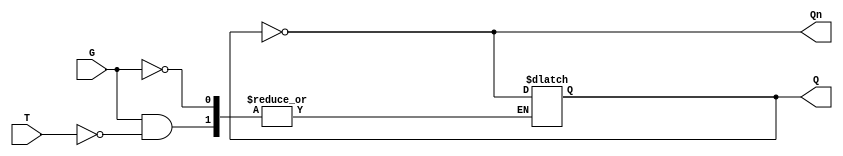
module Gated_T_Latch (
    input wire T,     // Toggle input
    input wire G,     // Gate signal
    output reg Q,     // Output
    output wire Qn    // Complement of Q
);

    // Complement of Q
    assign Qn = ~Q;

    // Sequential behavior
    always @(G, T) begin
        if (G == 1) begin
            if (T == 1) begin
                Q <= ~Q; // Toggle the output
            end
            // If T == 0, Q remains unchanged due to non-blocking assignment
        end
        // If G == 0, Q remains unchanged due to non-blocking assignment
    end

endmodule